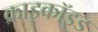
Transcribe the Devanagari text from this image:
क्राइकॉइड